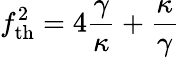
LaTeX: f_{\mathrm{th}}^{2}=4\frac{\gamma}{\kappa}+\frac{\kappa}{\gamma}